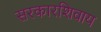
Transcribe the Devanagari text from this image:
सरकारशिवाय